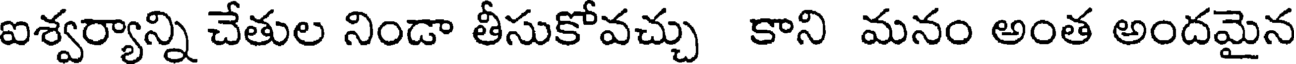
ఐశ్వర్యాన్ని చేతుల నిండా తీసుకోవచ్చు కాని మనం అంత అందమైన